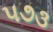
૫૭૩